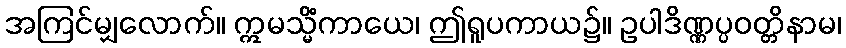
အကြင်မျှလောက်။ ဣမသ္မိံကာယေ၊ ဤရူပကာယ၌။ ဥပါဒိဏ္ဏပ္ပဝတ္တိနာမ၊